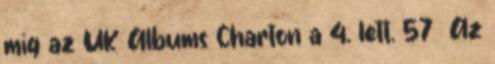
míg az UK Albums Charton a 4. lett. 57 Az